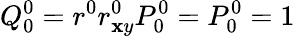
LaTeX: Q_{0}^{0}=r^{0}r_{\mathbf{x}y}^{0}P_{0}^{0}=P_{0}^{0}=1